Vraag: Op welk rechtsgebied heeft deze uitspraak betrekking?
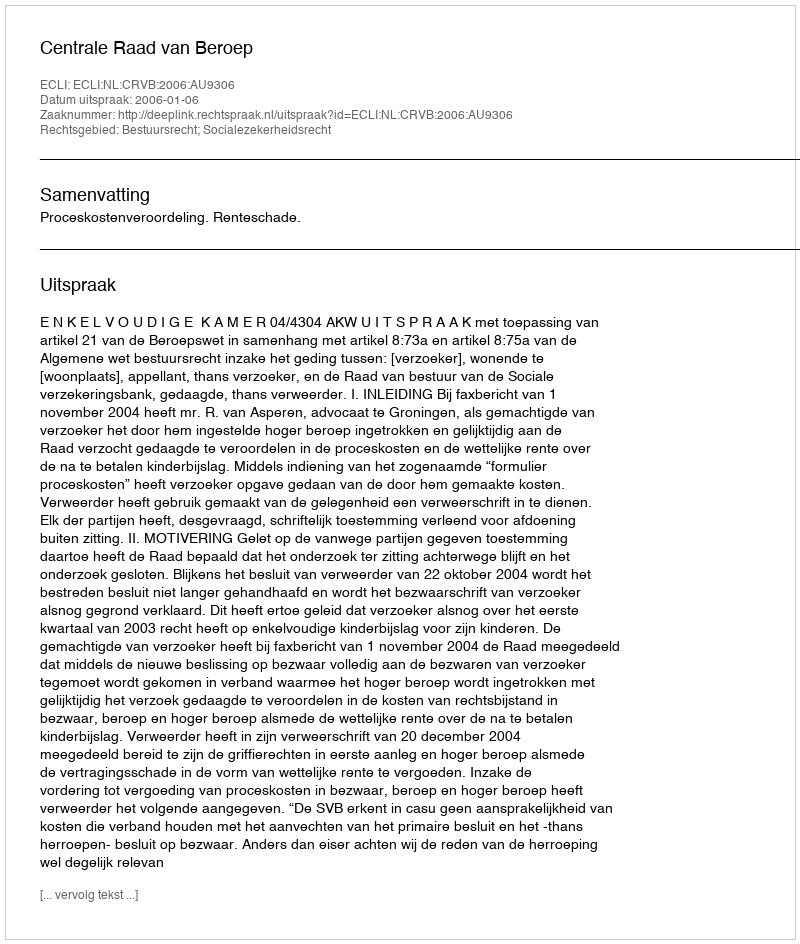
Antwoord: Bestuursrecht; Socialezekerheidsrecht